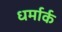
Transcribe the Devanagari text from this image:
धर्मार्क